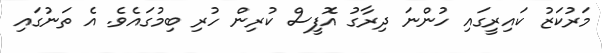
މަރުކަޒު ކައިރީގައި ހުންނަ ދިރާގު އޮފީސް ކުރިން ހުރި ބިމުގައެވެ. އެ ތަނުގައި